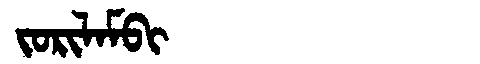
Manchu: ᠵᠣᡵᡳᠯᠠᠮᠪᡳ
Romanization: JORILAMBI